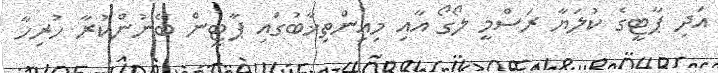
އަދި ޕާޓީގެ ކުލަޔާ ރަސްމީ ލޯގޯ އާއި މިއިންތިޚާބުގައި ޕާޓީން ބޭނުންކުރާ ހުރިހާ